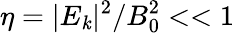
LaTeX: \eta=|E_{\mathit{k}}|^{2}/B_{0}^{2}<<1